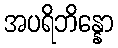
အပရိဘိန္နော